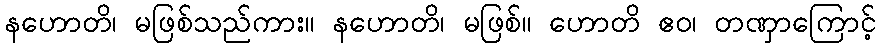
နဟောတိ၊ မဖြစ်သည်ကား။ နဟောတိ၊ မဖြစ်။ ဟောတိ ဧဝ၊ တဏှာကြောင့်